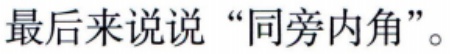
最后来说说“同旁内角”。